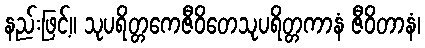
နည်းဖြင့်။ သုပရိတ္တကေဇီဝိတေသုပရိတ္တကာနံ ဇီဝိတာနံ၊